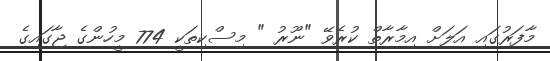
މާފަރުގައި އަލަށް އިމާރާތް ކުރެވޭ "ނޫރު " މިސްކިތަކީ 774 މީހުންގެ ޖާގައިގެ